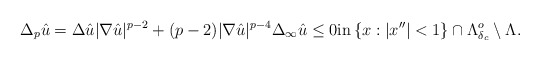
\begin{align*}\Delta_p\hat u = \Delta \hat u |\nabla \hat u|^{p - 2} + (p - 2)|\nabla \hat u|^{p - 4}\Delta_{\infty}\hat u \leq 0 \textrm{in} \left\{ x : |x''| < 1\right\} \cap \Lambda^o_{\delta_c}\setminus \Lambda.\end{align*}